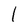
Character: 1